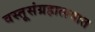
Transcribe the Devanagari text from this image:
वस्तूसंग्रहालयात